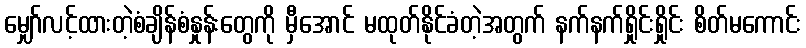
မျှော်လင့်ထားတဲ့စံချိန်စံနှုန်းတွေကို မှီအောင် မထုတ်နိုင်ခံတဲ့အတွက် နက်နက်ရှိုင်းရှိုင်း စိတ်မကောင်း